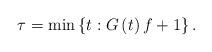
LaTeX: \begin{align*}\tau=\min\left\{ t:G\left(t\right)f+1\right\} .\end{align*}